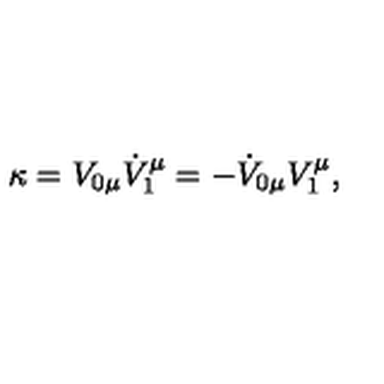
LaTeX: \kappa = V _ { 0 \mu } \dot { V } _ { 1 } ^ { \mu } = - \dot { V } _ { 0 \mu } V _ { 1 } ^ { \mu } ,